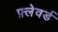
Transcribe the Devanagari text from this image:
फ़्लेवर्ड